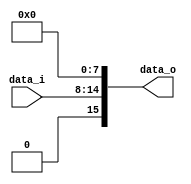
module Zero_Filled( data_i, data_o );

//I/O ports
input	[7-1:0] data_i;
output	[16-1:0] data_o;

//Internal Signals
wire	[16-1:0] data_o;

//Main function
/*your code here*/
assign data_o = {1'b0, data_i, 8'b00000000};

endmodule